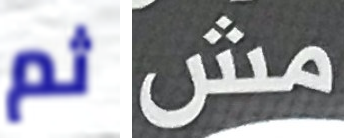
ثم مش